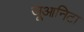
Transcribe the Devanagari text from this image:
जूआनिटा